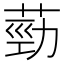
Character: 葝